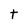
Character: t